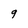
Character: q